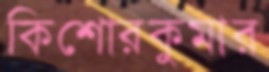
কিশোরকুমার